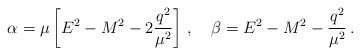
LaTeX: \begin{align*}\alpha=\mu\left[E^{2}-M^{2}-2\frac{q^2}{\mu^2}\right]\,,\quad\beta=E^{2}-M^{2}-\frac{q^2}{\mu^2}\,.\end{align*}